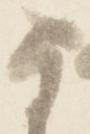
な